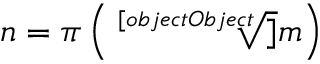
n = \pi \left( { \sqrt [ [object Object] ] { m } } \right)